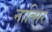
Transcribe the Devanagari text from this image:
नात्सिर